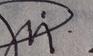
Signature authenticity: genuine